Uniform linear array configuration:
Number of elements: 12
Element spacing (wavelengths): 1
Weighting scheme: blackman
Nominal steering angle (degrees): -30
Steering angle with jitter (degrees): -30.588
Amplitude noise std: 0.05
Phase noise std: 0.05

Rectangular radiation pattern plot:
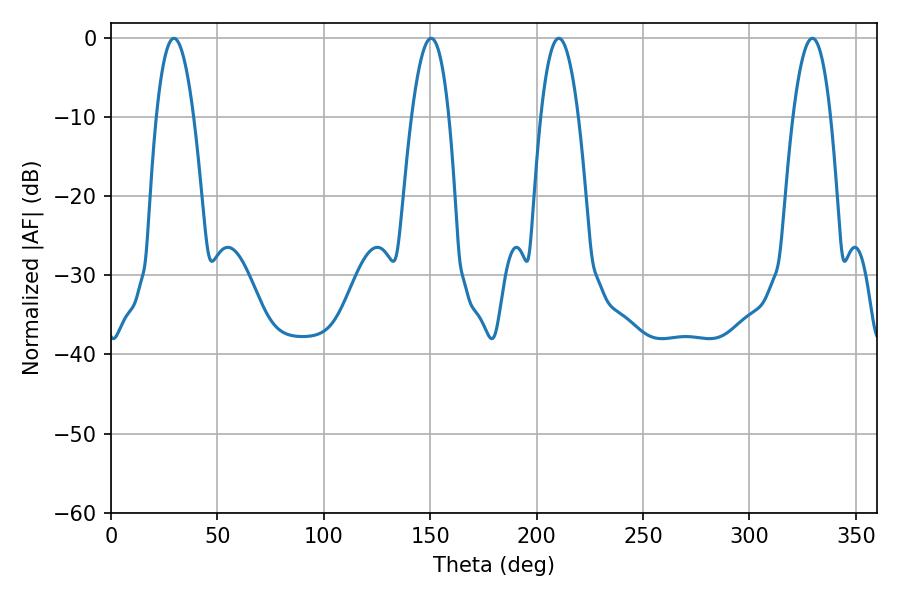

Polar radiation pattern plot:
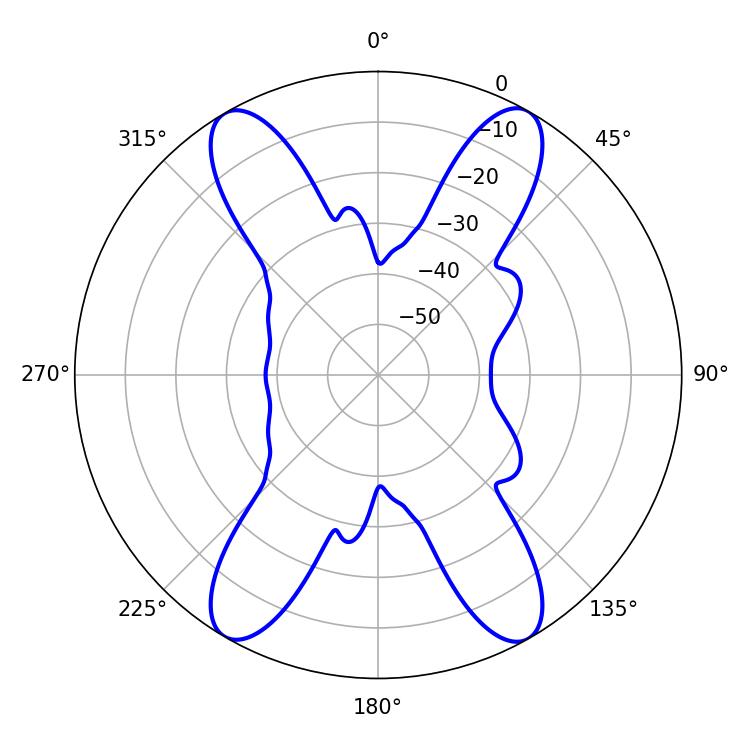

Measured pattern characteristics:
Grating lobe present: TRUE
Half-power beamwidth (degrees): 9.72
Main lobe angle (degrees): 210.42